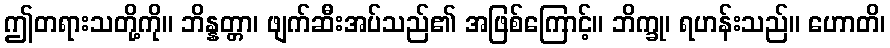
ဤတရားသတို့ကို။ ဘိန္နတ္တာ၊ ဖျက်ဆီးအပ်သည်၏ အဖြစ်ကြောင့်။ ဘိက္ခု၊ ရဟန်းသည်။ ဟောတိ၊